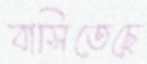
বাসিতেছে